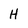
Character: H